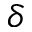
\delta